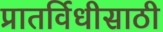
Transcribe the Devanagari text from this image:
प्रातर्विधीसाठी